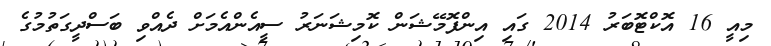
މިއީ 16 އޮކްޓޮބަރު 2014 ގައި އިންފޮމޭޝަން ކޮމިޝަނަރު ސީއެންއެމަށް ދެއްވި ބަސްދީގަތުމުގެ